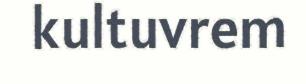
kultuvrem